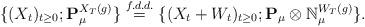
LaTeX: \begin{align*} \{(X_t)_{t\geq 0}; \mathbf P_\mu^{X_T(g)}\} \overset{f.d.d.}{=} \{(X_t+W_t)_{t\geq 0}; \mathbf P_\mu \otimes \mathbb N^{W_T(g)}_\mu\}. \end{align*}